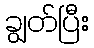
ချွတ်ပြီး